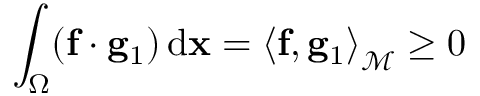
\int _ { \Omega } ( \mathbf { f } \cdot \mathbf { g } _ { 1 } ) \, \mathrm { d } \mathbf { x } = \left< \mathbf { f } , \mathbf { g } _ { 1 } \right> _ { \mathscr { M } } \geq 0